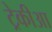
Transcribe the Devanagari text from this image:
ट्रेकीआ